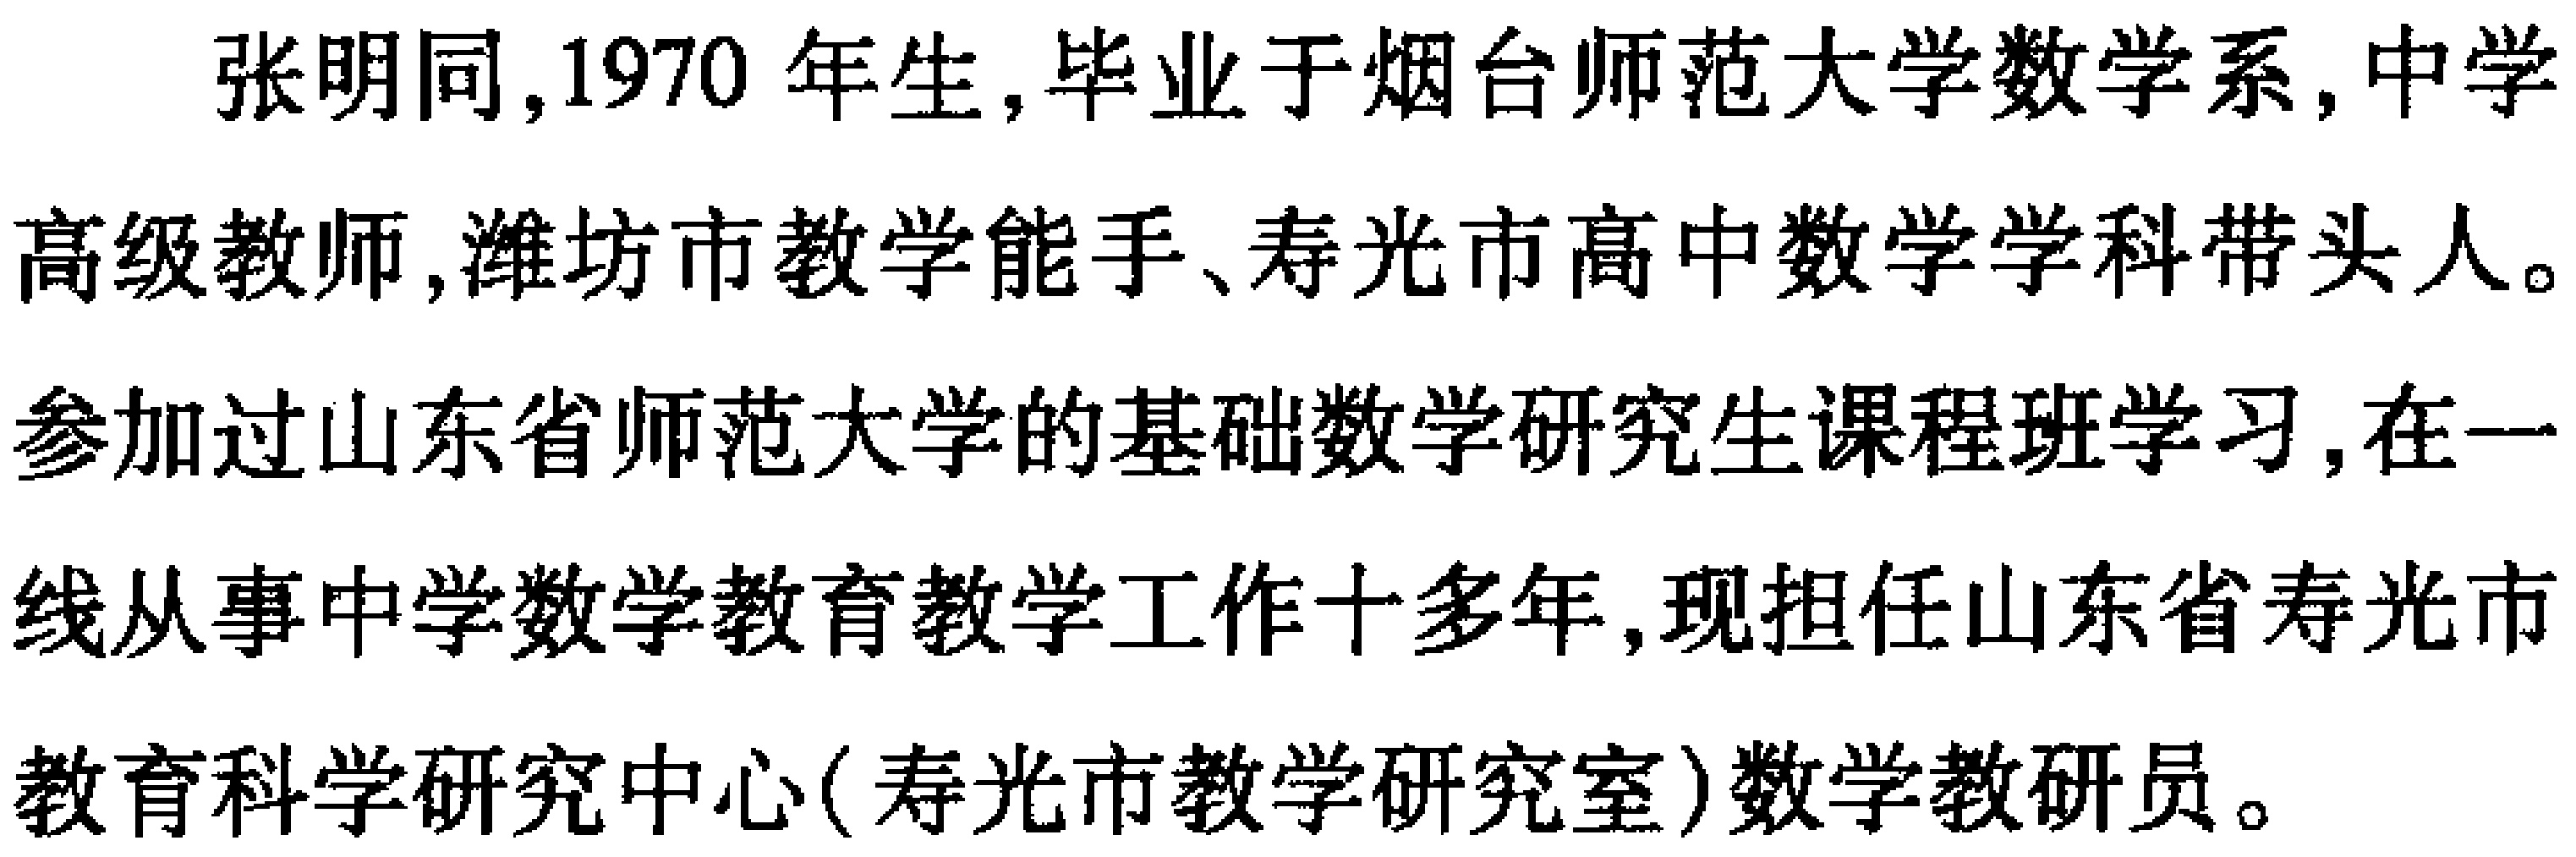
张明同，1970 年生，毕业于烟台师范大学数学系，中学高级教师，潍坊市教学能手、寿光市高中数学学科带头人。参加过山东省师范大学的基础数学研究生课程班学习，在一线从事中学数学教育教学工作十多年，现担任山东省寿光市教育科学研究中心(寿光市教学研究室)数学教研员。